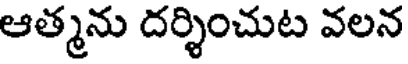
ఆత్మను దర్శించుట వలన